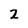
Character: 2